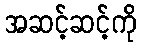
အဆင့်ဆင့်ကို